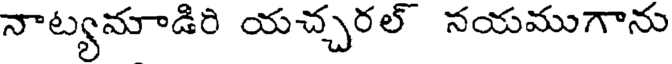
నాట్యమాడిరి యచ్చరల్ నయముగాను